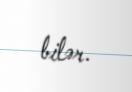
bilər.